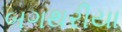
બગથરીયા